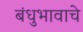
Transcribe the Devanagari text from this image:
बंधुभावाचे